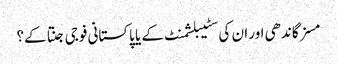
مسز گاندھی اور ان کی سٹیبلشمنٹ کے یا پاکستانی فوجی جنتا کے؟